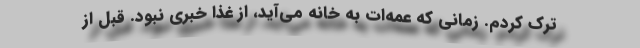
ترک کردم. زمانی که عمه‌ات به خانه می‌آید، از غذا خبری نبود. قبل از